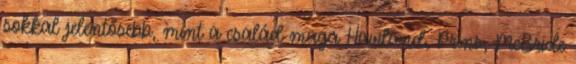
sokkal jelentősebb, mint a család maga Haviland, Prins, McBride